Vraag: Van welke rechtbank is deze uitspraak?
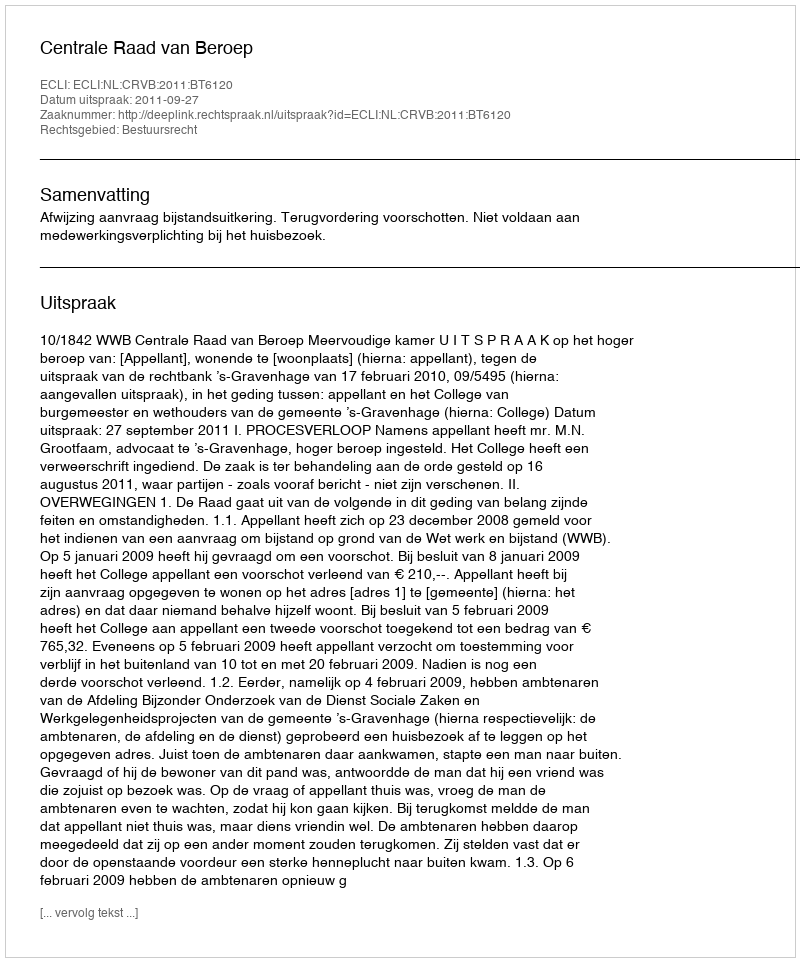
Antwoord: Centrale Raad van Beroep